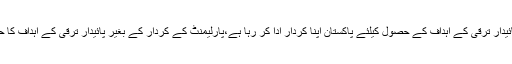
انہوں نے کہا کہ پائیدار ترقی کے اہداف کے حصول کیلئے پاکستان اپنا کردار ادا کر رہا ہے،پارلیمنٹ کے کردار کے بغیر پائیدار ترقی کے اہداف کا حصول ناممکن ہے۔